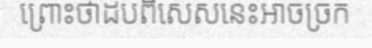
ព្រោះថាដបពិសេសនេះអាចច្រក